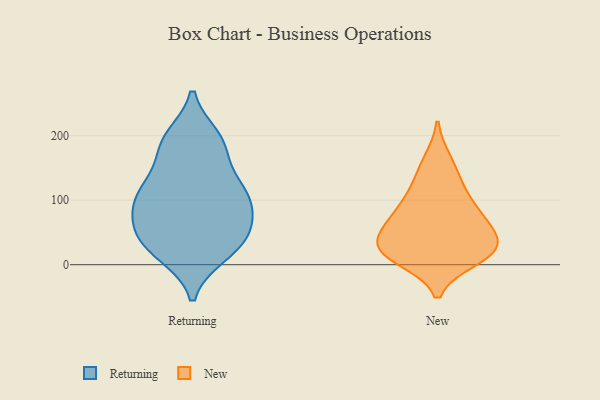
{"axis": {"x": "Net Income (USD K)", "y": "Value"}, "legend": ["New", "Returning"], "data": [{"x": "", "y": 43, "type": "Returning"}, {"x": "", "y": 23, "type": "Returning"}, {"x": "", "y": 83, "type": "Returning"}, {"x": "", "y": 61, "type": "Returning"}, {"x": "", "y": 116, "type": "Returning"}, {"x": "", "y": 57, "type": "Returning"}, {"x": "", "y": 127, "type": "Returning"}, {"x": "", "y": 124, "type": "Returning"}, {"x": "", "y": 89, "type": "Returning"}, {"x": "", "y": 21, "type": "Returning"}, {"x": "", "y": 105, "type": "Returning"}, {"x": "", "y": 46, "type": "Returning"}, {"x": "", "y": 16, "type": "Returning"}, {"x": "", "y": 191, "type": "Returning"}, {"x": "", "y": 103, "type": "Returning"}, {"x": "", "y": 197, "type": "Returning"}, {"x": "", "y": 190, "type": "Returning"}, {"x": "", "y": 175, "type": "Returning"}, {"x": "", "y": 73, "type": "New"}, {"x": "", "y": 133, "type": "New"}, {"x": "", "y": 17, "type": "New"}, {"x": "", "y": 10, "type": "New"}, {"x": "", "y": 87, "type": "New"}, {"x": "", "y": 106, "type": "New"}, {"x": "", "y": 24, "type": "New"}, {"x": "", "y": 23, "type": "New"}, {"x": "", "y": 66, "type": "New"}, {"x": "", "y": 29, "type": "New"}, {"x": "", "y": 55, "type": "New"}, {"x": "", "y": 28, "type": "New"}, {"x": "", "y": 161, "type": "New"}]}